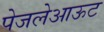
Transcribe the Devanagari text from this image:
पेजलेआऊट